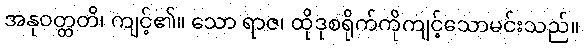
အနုဝတ္တတိ၊ ကျင့်၏။ သော ရာဇ၊ ထိုဒုစရိုက်ကိုကျင့်သောမင်းသည်။